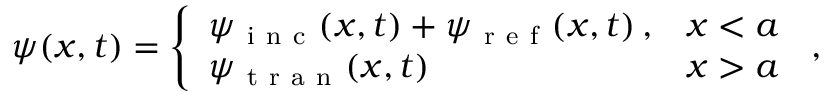
\psi ( x , t ) = \left\{ \begin{array} { l l } { \psi _ { \mathrm { ~ i ~ n ~ c ~ } } ( x , t ) + \psi _ { \mathrm { ~ r ~ e ~ f ~ } } ( x , t ) \, , } & { x < a } \\ { \psi _ { \mathrm { ~ t ~ r ~ a ~ n ~ } } ( x , t ) } & { x > a } \end{array} \right. \, ,